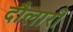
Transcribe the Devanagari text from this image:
दौलारी